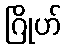
ဂြိုဟ်